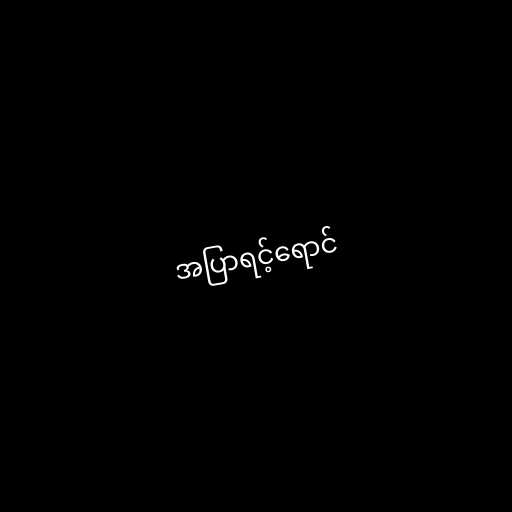
အပြာရင့်ရောင်